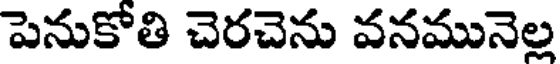
పెనుకోతి చెరచెను వనమునెల్ల